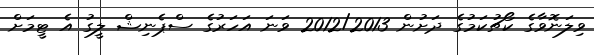
ވިލަނޮވާގެ ކޯޗުކަމުގެ ދަށުން 2012/2013 ވަނަ އަހަރުގެ ސްޕެނިޝް ލީގު އެ ޓީމަށް